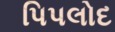
પિપલોદ